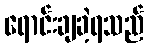
ရောင်းချခဲ့ရသည်